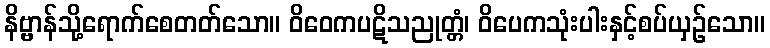
နိဗ္ဗာန်သို့ရောက်စေတတ်သော။ ဝိဝေကပဋိသညုတ္တံ၊ ဝိပေကသုံးပါးနှင့်စပ်ယှဉ်သော။